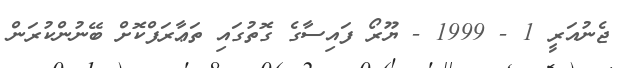
ޖެނުއަރީ 1 - 1999 - ޔޫރޯ ފައިސާގެ ގޮތުގައި ތަޢާރަފްކޮށް ބޭނުންކުރަން